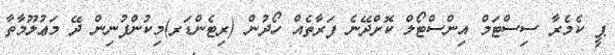
ޕީ ކެމެރާ ސިސްޓަމް އިންސްޓޯލް ކޮށްދޭނެ ފަރާތެއް ހޯދުން (ރިޓެންޑަރ)މިކުންފުނިން ދޭ މަޢުލޫމާތާ